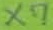
Text: X7